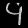
Digit: ၄